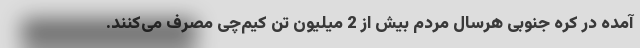
آمده در کره جنوبی هرسال مردم بیش از 2 میلیون تن کیم‌چی مصرف می‌کنند.